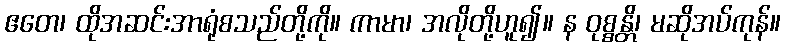
ဧတေ၊ ထိုအဆင်းအာရုံစသည်တို့ကို။ ကာမာ၊ အလိုတို့ဟူ၍။ န ဝုစ္စန္တိ၊ မဆိုအပ်ကုန်။